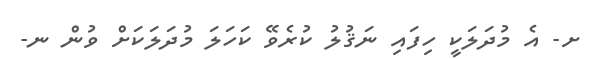
ށ- އެ މުދަލަކީ ހިފައި ނަޤުލު ކުރެވޭ ކަހަލަ މުދަލަކަށް ވުން ނ-